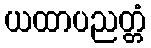
ယထာပညတ္တံ